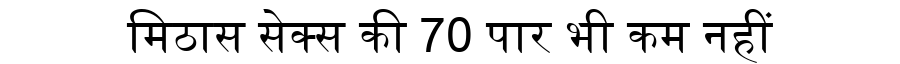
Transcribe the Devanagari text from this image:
मिठास सेक्स की 70 पार भी कम नहीं